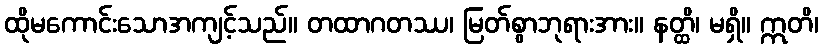
ထိုမကောင်းသောအကျင့်သည်။ တထာဂတဿ၊ မြတ်စွာဘုရားအား။ နတ္ထိ၊ မရှိ။ ဣတိ၊